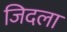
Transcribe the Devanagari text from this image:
जिदला